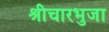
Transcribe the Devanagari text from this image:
श्रीचारभुजा